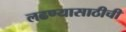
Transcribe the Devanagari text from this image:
लढण्यासाठीची